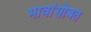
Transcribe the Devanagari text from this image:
भावांसोबत